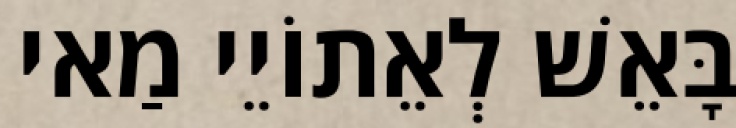
בָּאֵשׁ לְאֵתוֹיֵי מַאי